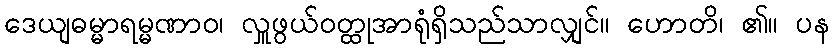
ဒေယျဓမ္မာရမ္မဏာဝ၊ လှူဖွယ်ဝတ္ထုအာရုံရှိသည်သာလျှင်။ ဟောတိ၊ ၏။ ပန